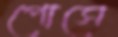
পোসে